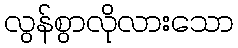
လွန်စွာလိုလားသော